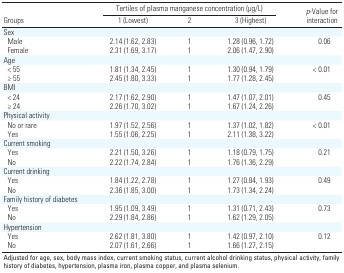
| <ROWSPAN=2> Groups | <COLSPAN=3> Tertiles of plasma manganese concentration (μg/L) | <ROWSPAN=2> p-Value for interaction |
 | 1 (Lowest) | 2 | 3 (Highest) |
 | --- | --- | --- | --- | --- |
 | Sex |
 | Male | 2.14 (1.62, 2.83) | 1 | 1.28 (0.96, 1.72) | 0.06 |
 | Female | 2.31 (1.69, 3.17) | 1 | 2.06 (1.47, 2.90) |
 | Age |
 | < 55 | 1.81 (1.34, 2.45) | 1 | 1.30 (0.94, 1.79) | < 0.01 |
 | ≥ 55 | 2.45 (1.80, 3.33) | 1 | 1.77 (1.28, 2.45) |
 | BMI |
 | < 24 | 2.17 (1.62, 2.90) | 1 | 1.47 (1.07, 2.01) | 0.45 |
 | ≥ 24 | 2.26 (1.70, 3.02) | 1 | 1.67 (1.24, 2.26) |
 | Physical activity |
 | No or rare | 1.97 (1.52, 2.56) | 1 | 1.37 (1.02, 1.82) | < 0.01 |
 | Yes | 1.55 (1.06, 2.25) | 1 | 2.11 (1.38, 3.22) |
 | Current smoking |
 | Yes | 2.21 (1.50, 3.26) | 1 | 1.18 (0.79, 1.75) | 0.21 |
 | No | 2.22 (1.74, 2.84) | 1 | 1.76 (1.36, 2.29) |
 | Current drinking |
 | Yes | 1.84 (1.22, 2.78) | 1 | 1.27 (0.84, 1.93) | 0.49 |
 | No | 2.36 (1.85, 3.00) | 1 | 1.73 (1.34, 2.24) |
 | Family history of diabetes |
 | Yes | 1.95 (1.09, 3.49) | 1 | 1.31 (0.71, 2.43) | 0.73 |
 | No | 2.29 (1.84, 2.86) | 1 | 1.62 (1.29, 2.05) |
 | Hypertension |
 | Yes | 2.62 (1.81, 3.80) | 1 | 1.42 (0.97, 2.10) | 0.12 |
 | No | 2.07 (1.61, 2.66) | 1 | 1.66 (1.27, 2.15) |
 | <COLSPAN=5> Adjusted for age, sex, body mass index, current smoking status, current alcohol drinking status, physical activity, family history of diabetes, hypertension, plasma iron, plasma copper, and plasma selenium. |